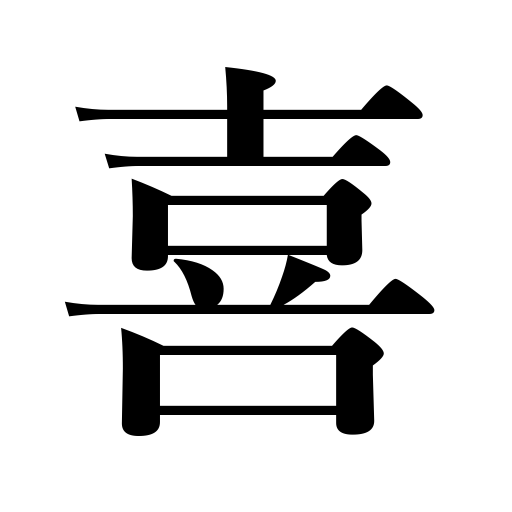
Meanings: be pleased,be glad,rejoice